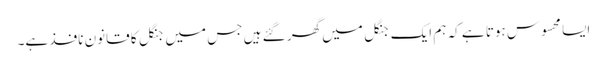
ایسا محسوس ہوتا ہے کہ ہم ایک جنگل میں گھر گئے ہیں جس میں جنگل کا قانون نافذ ہے۔